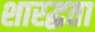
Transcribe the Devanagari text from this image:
शारद्धता